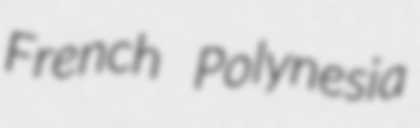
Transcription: French Polynesia